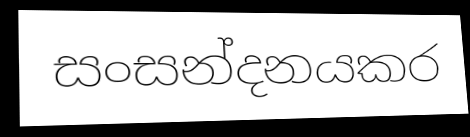
සංසන්දනයකර